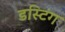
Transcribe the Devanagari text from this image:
डस्टिंग